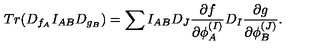
T r ( D _ { f _ { A } } I _ { A B } D _ { g _ { B } } ) = \sum I _ { A B } D _ { J } { \frac { \partial f } { \partial \phi _ { A } ^ { ( I ) } } } D _ { I } { \frac { \partial g } { \partial \phi _ { B } ^ { ( J ) } } } .